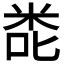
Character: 𮇎